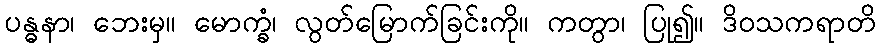
ပန္ဓနာ၊ ဘေးမှ။ မောက္ခံ၊ လွတ်မြောက်ခြင်းကို။ ကတွာ၊ ပြု၍။ ဒိဝသကရာတိ